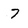
Character: 7